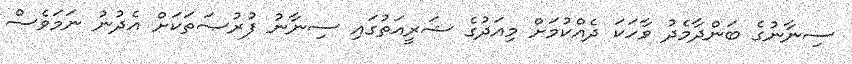
ސިނާނުގެ ބަންދާމެދު ވާހަކަ ދެއްކުމަށް މިއަދުގެ ޝަރީއަތުގައި ސިނާނު ފުރުޞަތަކަށް އެދުނު ނަމަވެސް